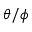
\theta / \phi